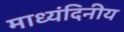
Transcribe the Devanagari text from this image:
माध्यंदिनीय